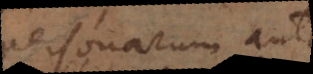
personarum ante